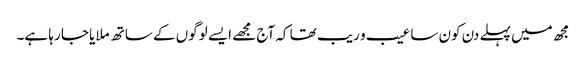
مجھ میں پہلے دن کون سا عیب و ریب تھا کہ آج مجھے ایسے لوگوں کے ساتھ ملایا جا رہا ہے۔